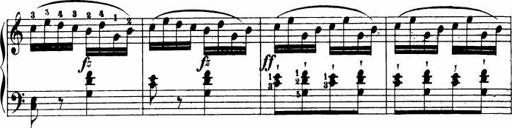
Title: Le bouquetier
Composer: Anton Diabelli
Key: G major
 C major
 F major
 C major